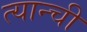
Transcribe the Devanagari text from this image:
त्यान्ची